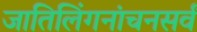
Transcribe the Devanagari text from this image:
जातिलिंगनांचनसर्वं